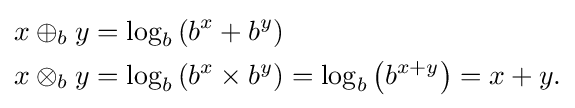
{\begin{aligned}x\oplus _{b}y&=\log _{b}\left(b^{x}+b^{y}\right)\\x\otimes _{b}y&=\log _{b}\left(b^{x}\times b^{y}\right)=\log _{b}\left(b^{x+y}\right)=x+y.\end{aligned}}